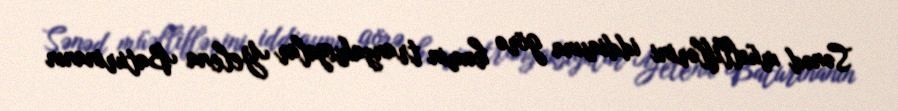
Sənəd müəlliflərini iddiasına görə həmin tranzaksiyalar Yelena Baturinanın